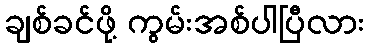
ချစ်ခင်ဖို့ ကွမ်းအစ်ပါပြီလား